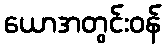
ယောအတွင်းဝန်